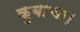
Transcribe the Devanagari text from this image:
कुबाचा।